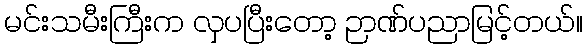
မင်းသမီးကြီးက လှပပြီးတော့ ဉာဏ်ပညာမြင့်တယ်။